Mental hospitals Bombay report 1921-28 - 1921-1928
Year: 1921
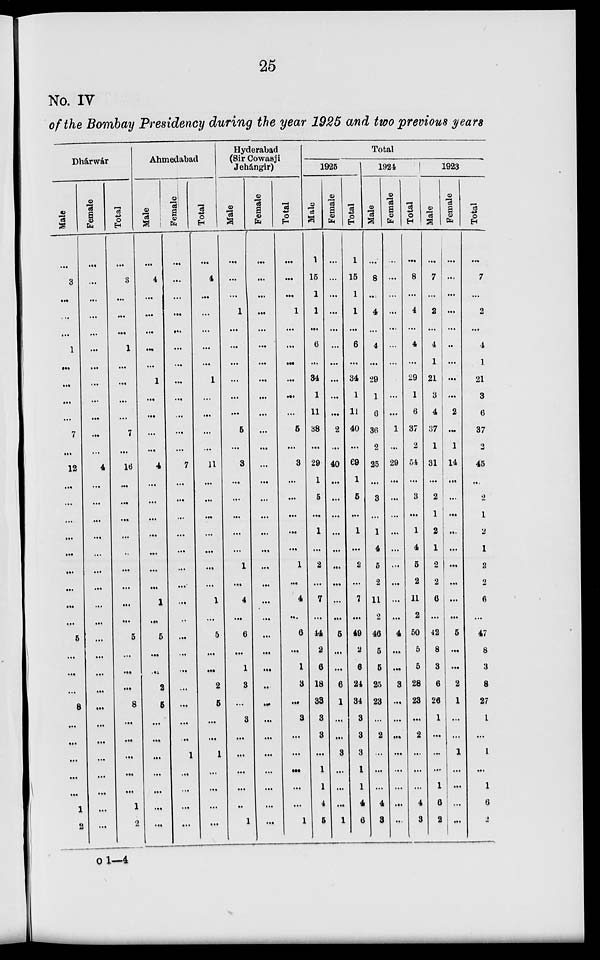
25
No. IV
of the Bombay Presidency during the year 1925 and two previous years
Dhárwár
Male
...
3
...
...
...
1
...
...
...
...
7
...
12
...
...
...
...
...
...
...
...
...
5
...
...
...
8
...
...
...
...
...
1
2
Female
...
...
...
...
...
...
...
...
...
...
...
...
4
...
...
...
...
...
...
...
...
...
...
...
...
...
...
...
...
...
...
...
...
...
Total
...
3
...
...
...
1
...
...
...
...
7
...
16
...
...
...
...
...
...
...
...
...
5
...
...
...
8
...
...
...
...
...
1
2
Ahmedabad
Male
...
4
...
...
...
...
...
1
...
...
...
...
4
...
...
...
...
...
...
...
1
...
5
...
...
2
5
...
...
...
...
...
...
...
Female
...
...
...
...
...
...
...
...
...
...
...
...
7
...
...
...
...
...
...
...
...
...
...
...
...
...
...
...
...
1
...
...
...
...
Total
...
4
...
...
...
...
...
1
...
...
...
...
11
...
...
...
...
...
...
...
1
...
5
...
...
2
5
...
...
1
...
...
...
...
Hyderabad
(Sir Cowasji
Jehángir)
Male
...
...
...
1
...
...
...
...
...
...
5
...
3
...
...
...
...
...
1
...
4
...
6
...
1
3
...
3
...
...
...
...
...
1
Female
...
...
...
...
...
...
...
...
...
...
...
...
...
...
...
...
...
...
...
...
...
...
...
...
...
...
...
...
...
...
...
...
...
...
Total
...
...
...
1
...
...
...
...
...
...
5
...
3
...
...
...
...
...
1
...
4
...
6
...
1
3
...
3
...
...
...
...
...
1
Total
1925
Male
1
15
1
1
...
6
...
34
1
11
38
...
29
1
5
...
1
...
2
...
7
...
44
2
6
18
33
3
3
...
1
1
4
5
Female
...
...
...
...
...
...
...
...
...
...
2
...
40
...
...
...
...
...
...
...
...
...
5
...
...
6
1
...
...
3
...
...
...
1
Total
1
15
1
1
...
6
...
34
1
11
40
...
69
1
5
...
1
...
2
...
7
...
49
2
6
24
34
3
3
3
1
1
4
6
1924
Male
...
8
...
4
...
4
...
29
1
6
36
2
25
...
3
...
1
4
5
2
11
2
46
5
5
25
23
...
2
...
...
...
4
3
Female
...
...
...
...
...
...
...
...
...
...
1
...
29
...
...
...
...
...
...
...
...
...
4
...
...
3
...
...
...
...
...
...
...
...
Total
...
8
...
4
...
4
...
29
1
6
37
2
54
...
3
...
1
4
5
2
11
2
50
5
5
28
23
...
2
...
...
...
4
3
1923
Male
...
7
...
2
...
4
1
21
3
4
37
1
31
...
2
1
2
1
2
2
6
...
42
8
3
6
26
1
...
...
...
1
6
2
Female
...
...
...
...
...
..
...
...
...
2
...
1
14
...
...
...
...
...
...
...
...
...
5
...
...
2
1
...
...
1
...
...
...
...
Total
...
7
...
2
...
4
1
21
3
6
37
2
45
...
2
1
2
1
2
2
6
...
47
8
3
8
27
1
...
1
...
1
6
2
o 1—4